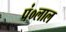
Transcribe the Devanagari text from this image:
पं०लाल